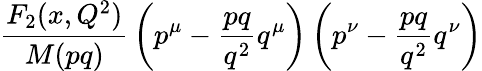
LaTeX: {\frac{F_{2}(x,Q^{2})}{M(pq)}}\left(p^{\mu}-{\frac{pq}{q^{2}}}q^{\mu}\right)\left(p^{\nu}-{\frac{pq}{q^{2}}}q^{\nu}\right)